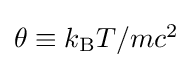
{\textstyle \theta \equiv {k_{\text{B}}T}/{mc^{2}}}